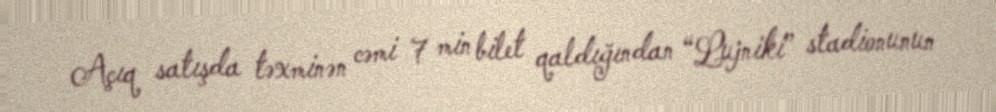
Açıq satışda təxminən cəmi 7 min bilet qaldığından “Lujniki” stadionunun